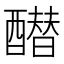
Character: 𰼓